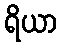
ရိယာ